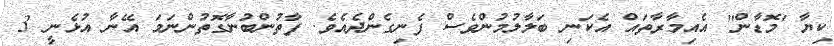
ކިޔާ 'މޮޑާން'' އެއިމާރާތައް އެކަނި ބަލާލުމުންވެސް ފެނިގެންދެއެވެ. ފާތުންބުނާގޮތުންނަމަ އޭނާ އުޅެނީ 3